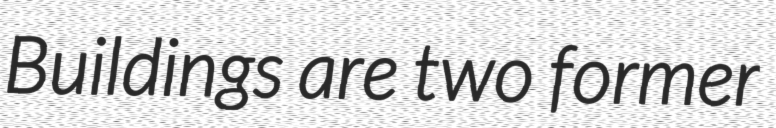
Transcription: Buildings are two former